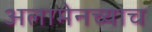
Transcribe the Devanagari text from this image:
अलामेनच्याच